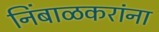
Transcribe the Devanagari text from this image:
निंबाळकरांना